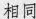
相同